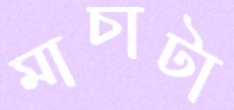
মাচাটা